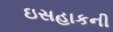
ઇસહાકની